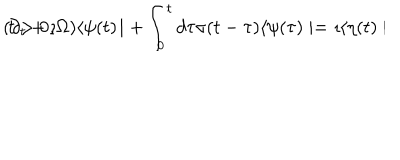
( \partial _ { t } + \imath \Omega ) \langle \psi ( t ) \! \mid + \int _ { 0 } ^ { t } d \tau \sigma ( t - \tau ) \langle \psi ( \tau ) \mid = \imath \langle \eta ( t ) \mid \hspace { 1 c m } t > 0 ,